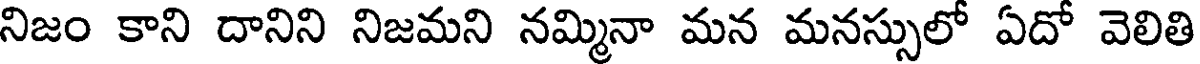
నిజం కాని దానిని నిజమని నమ్మినా మన మనస్సులో ఏదో వెలితి